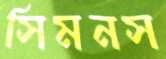
সিমনস